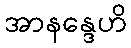
အာနန္ဒေဟိ